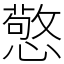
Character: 憼